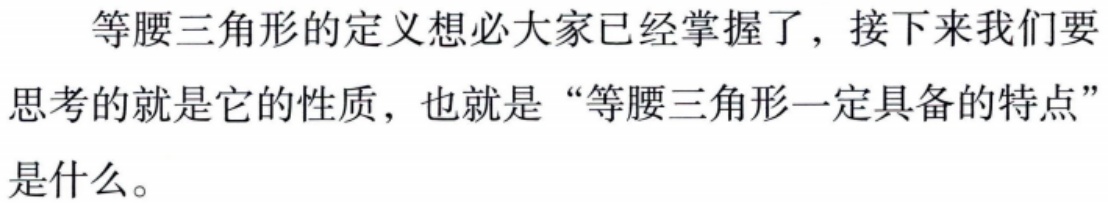
等腰三角形的定义想必大家已经掌握了，接下来我们要思考的就是它的性质，也就是“等腰三角形一定具备的特点”是什么。